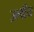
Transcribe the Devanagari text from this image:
उल्वीय